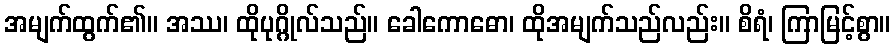
အမျက်ထွက်၏။ အဿ၊ ထိုပုဂ္ဂိုလ်သည်။ ခေါကောဓော၊ ထိုအမျက်သည်လည်း။ စိရံ၊ ကြာမြင့်စွာ။